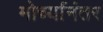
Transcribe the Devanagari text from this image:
मोर्च्यानंतर